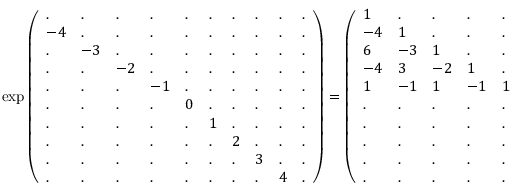
\exp { \left( \begin{array} { l l l l l l l l l l } { . } & { . } & { . } & { . } & { . } & { . } & { . } & { . } & { . } & { . } \\ { - 4 } & { . } & { . } & { . } & { . } & { . } & { . } & { . } & { . } & { . } \\ { . } & { - 3 } & { . } & { . } & { . } & { . } & { . } & { . } & { . } & { . } \\ { . } & { . } & { - 2 } & { . } & { . } & { . } & { . } & { . } & { . } & { . } \\ { . } & { . } & { . } & { - 1 } & { . } & { . } & { . } & { . } & { . } & { . } \\ { . } & { . } & { . } & { . } & { 0 } & { . } & { . } & { . } & { . } & { . } \\ { . } & { . } & { . } & { . } & { . } & { 1 } & { . } & { . } & { . } & { . } \\ { . } & { . } & { . } & { . } & { . } & { . } & { 2 } & { . } & { . } & { . } \\ { . } & { . } & { . } & { . } & { . } & { . } & { . } & { 3 } & { . } & { . } \\ { . } & { . } & { . } & { . } & { . } & { . } & { . } & { . } & { 4 } & { . } \end{array} \right) } = { \left( \begin{array} { l l l l l l l l l l } { 1 } & { . } & { . } & { . } & { . } & { . } & { . } & { . } & { . } & { . } \\ { - 4 } & { 1 } & { . } & { . } & { . } & { . } & { . } & { . } & { . } & { . } \\ { 6 } & { - 3 } & { 1 } & { . } & { . } & { . } & { . } & { . } & { . } & { . } \\ { - 4 } & { 3 } & { - 2 } & { 1 } & { . } & { . } & { . } & { . } & { . } & { . } \\ { 1 } & { - 1 } & { 1 } & { - 1 } & { 1 } & { . } & { . } & { . } & { . } & { . } \\ { . } & { . } & { . } & { . } & { . } & { 1 } & { . } & { . } & { . } & { . } \\ { . } & { . } & { . } & { . } & { . } & { 1 } & { 1 } & { . } & { . } & { . } \\ { . } & { . } & { . } & { . } & { . } & { 1 } & { 2 } & { 1 } & { . } & { . } \\ { . } & { . } & { . } & { . } & { . } & { 1 } & { 3 } & { 3 } & { 1 } & { . } \\ { . } & { . } & { . } & { . } & { . } & { 1 } & { 4 } & { 6 } & { 4 } & { 1 } \end{array} \right) }